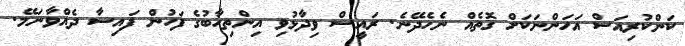
ކަންކުރިއަސް އަހަންނަކަށް ގޮތެއް ނެހެދޭނެ. ރައީސް ވިދާޅުވި އިންތިހާބުގެ ފަހުން ފައިސާ ދެއްވާނަމޭ.